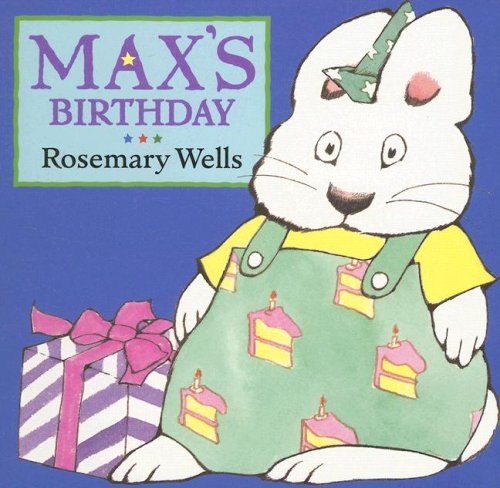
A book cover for Max's Birthday (Max and Ruby); Rosemary Wells; Children's Books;